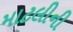
માટલીની